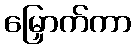
မြှောက်ကာ